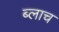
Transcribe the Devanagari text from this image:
ब्लाच